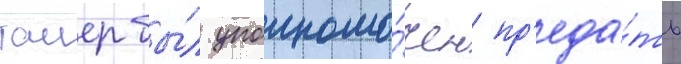
таиер бы́л уполномо́чен пр'еда́ть